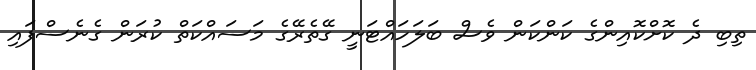
ތިބި ދެ ކޮށްކޮއިންގެ ކަންކަން ވެސް ބަލަހައްޓަނީ ގޭތެރޭގެ މަސައްކަތް ކުރަން ގެނެސްފައި